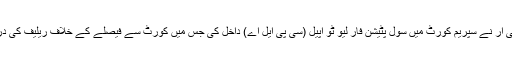
اس بنیاد پر ایف بی آر نے سپریم کورٹ میں سول پٹیشن فار لیو ٹو اپیل (سی پی ایل اے) داخل کی جس میں کورٹ سے فیصلے کے خلاف ریلیف کی درخواست کی گئی۔